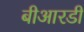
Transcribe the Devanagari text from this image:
बीआरडी